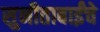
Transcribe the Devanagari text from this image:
सुनीताबाईंचे